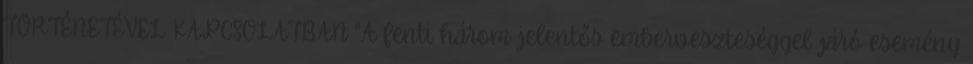
TÖRTÉNETÉVEL KAPCSOLATBAN "A fenti három jelentős emberveszteséggel járó esemény